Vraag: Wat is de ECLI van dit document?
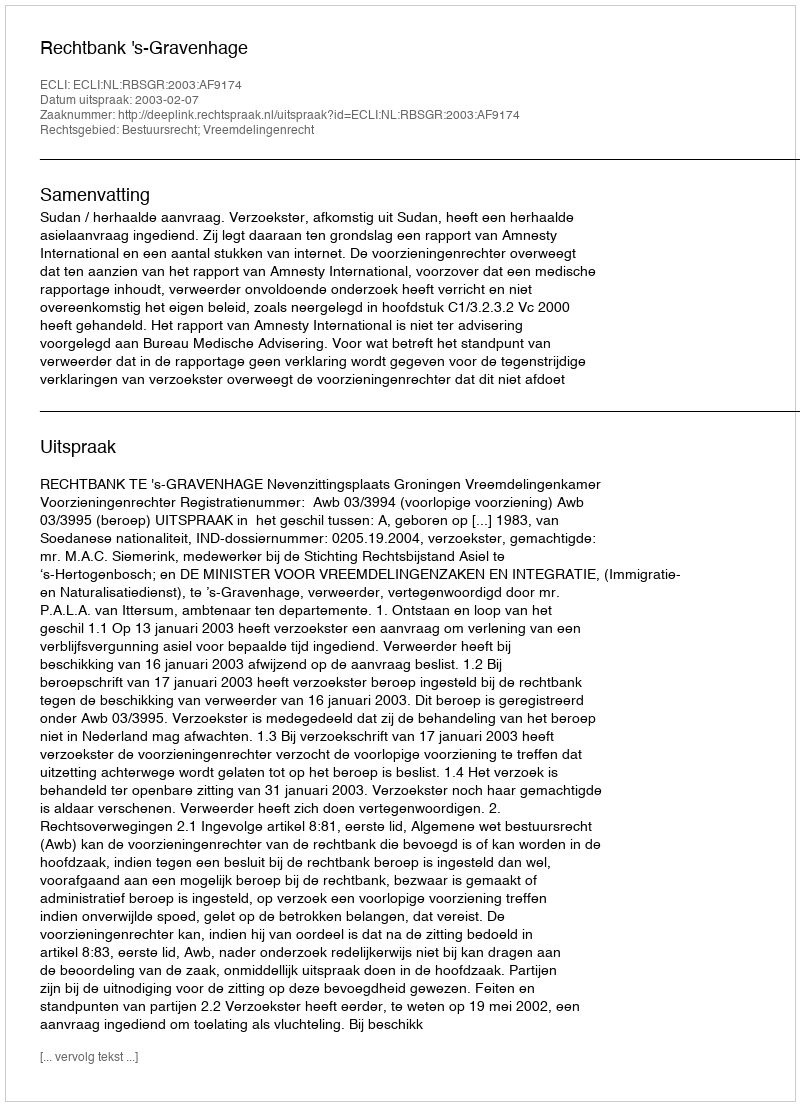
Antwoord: ECLI:NL:RBSGR:2003:AF9174